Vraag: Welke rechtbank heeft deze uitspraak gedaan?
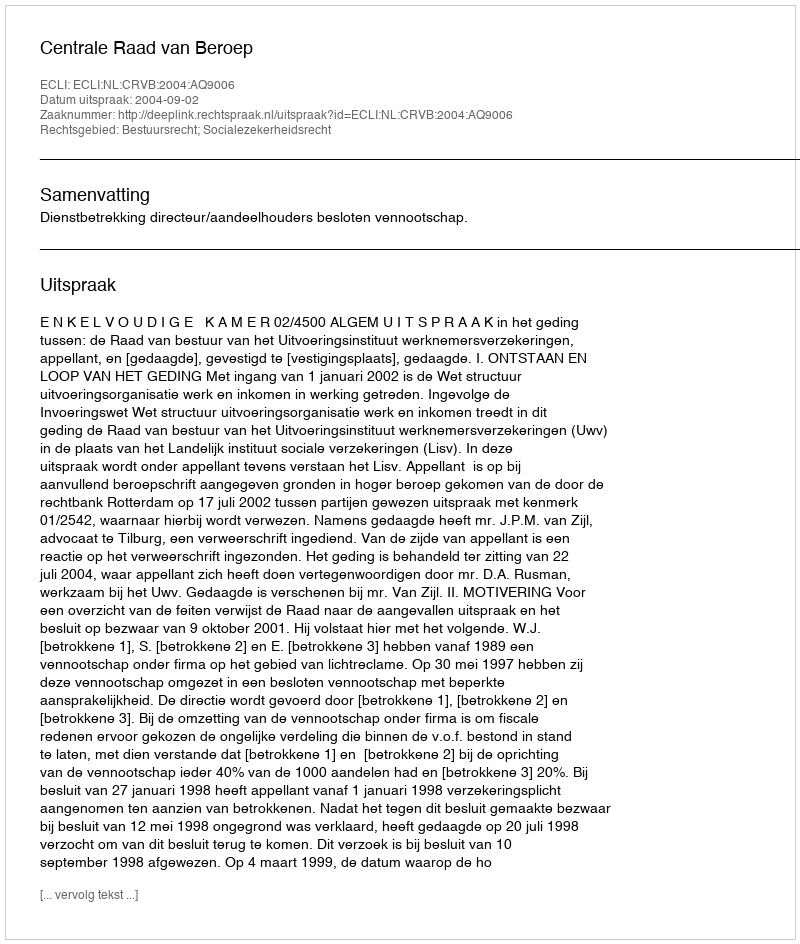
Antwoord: Centrale Raad van Beroep